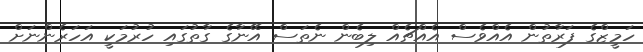
ހަމީޒްގެ ފަރާތުން އެއްވެސް އެއްޗެއް ލިބެން ނެތަސް އޭނާގެ ގާތުގައި ހުރުމަކީ އަހަރެންނަށް